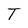
Character: T